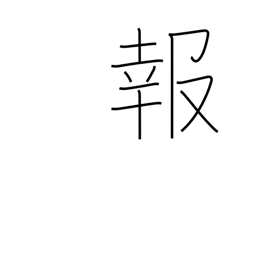
Meaning: news